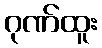
ဂုဏ်ထူး